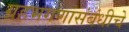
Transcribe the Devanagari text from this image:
ग्रहभगणासंबंधीचे